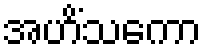
အဟိံသကော